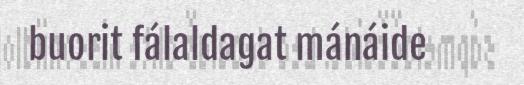
buorit fálaldagat mánáide